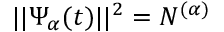
\vert \vert \Psi _ { \alpha } ( t ) \vert \vert ^ { 2 } = N ^ { ( \alpha ) }